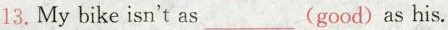
13.My bike isn't as___good)as his.